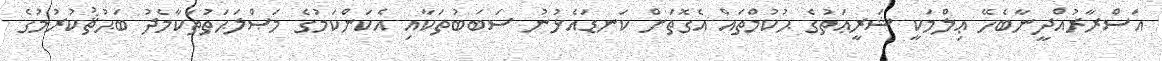
އަސްރާރުއްދީނާބެހޭ ޢިލްމަކީ ޝަރީޢަތުގެ ޙުކުމްތައް އެގޮތަށް ކަނޑައެޅުނު ސަބަބުތަކާއި އެކަންކަމުގެ މަޞްލަޙަތުތަކާމެދު ބަޙުޘުކުރުމުގެ